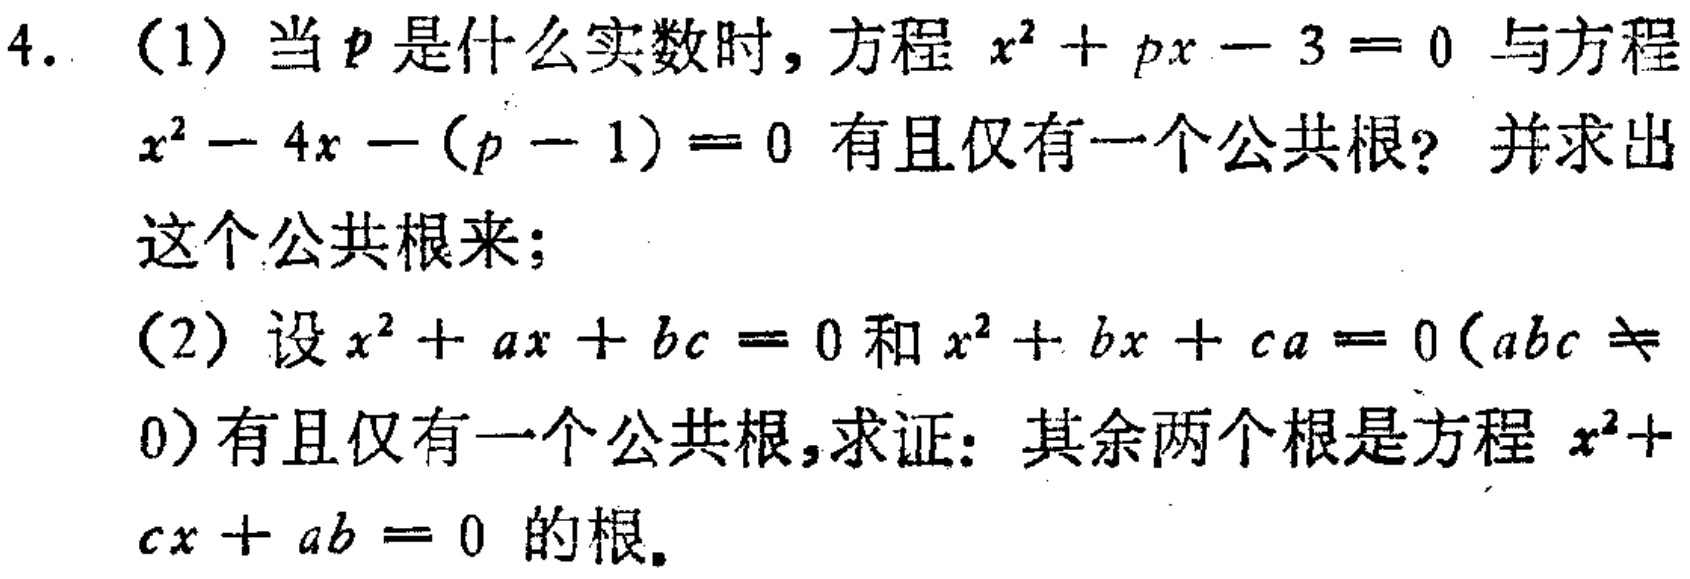
4. (1) 当\(p\)是什么实数时，方程\(x^{2}+px - 3 = 0\)与方程\(x^{2}-4x-(p - 1)=0\)有且仅有一个公共根？并求出这个公共根来；
(2) 设\(x^{2}+ax + bc = 0\)和\(x^{2}+bx + ca = 0(abc\neq0)\)有且仅有一个公共根，求证：其余两个根是方程\(x^{2}+cx + ab = 0\)的根。